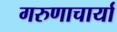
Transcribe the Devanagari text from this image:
गरुणाचार्या